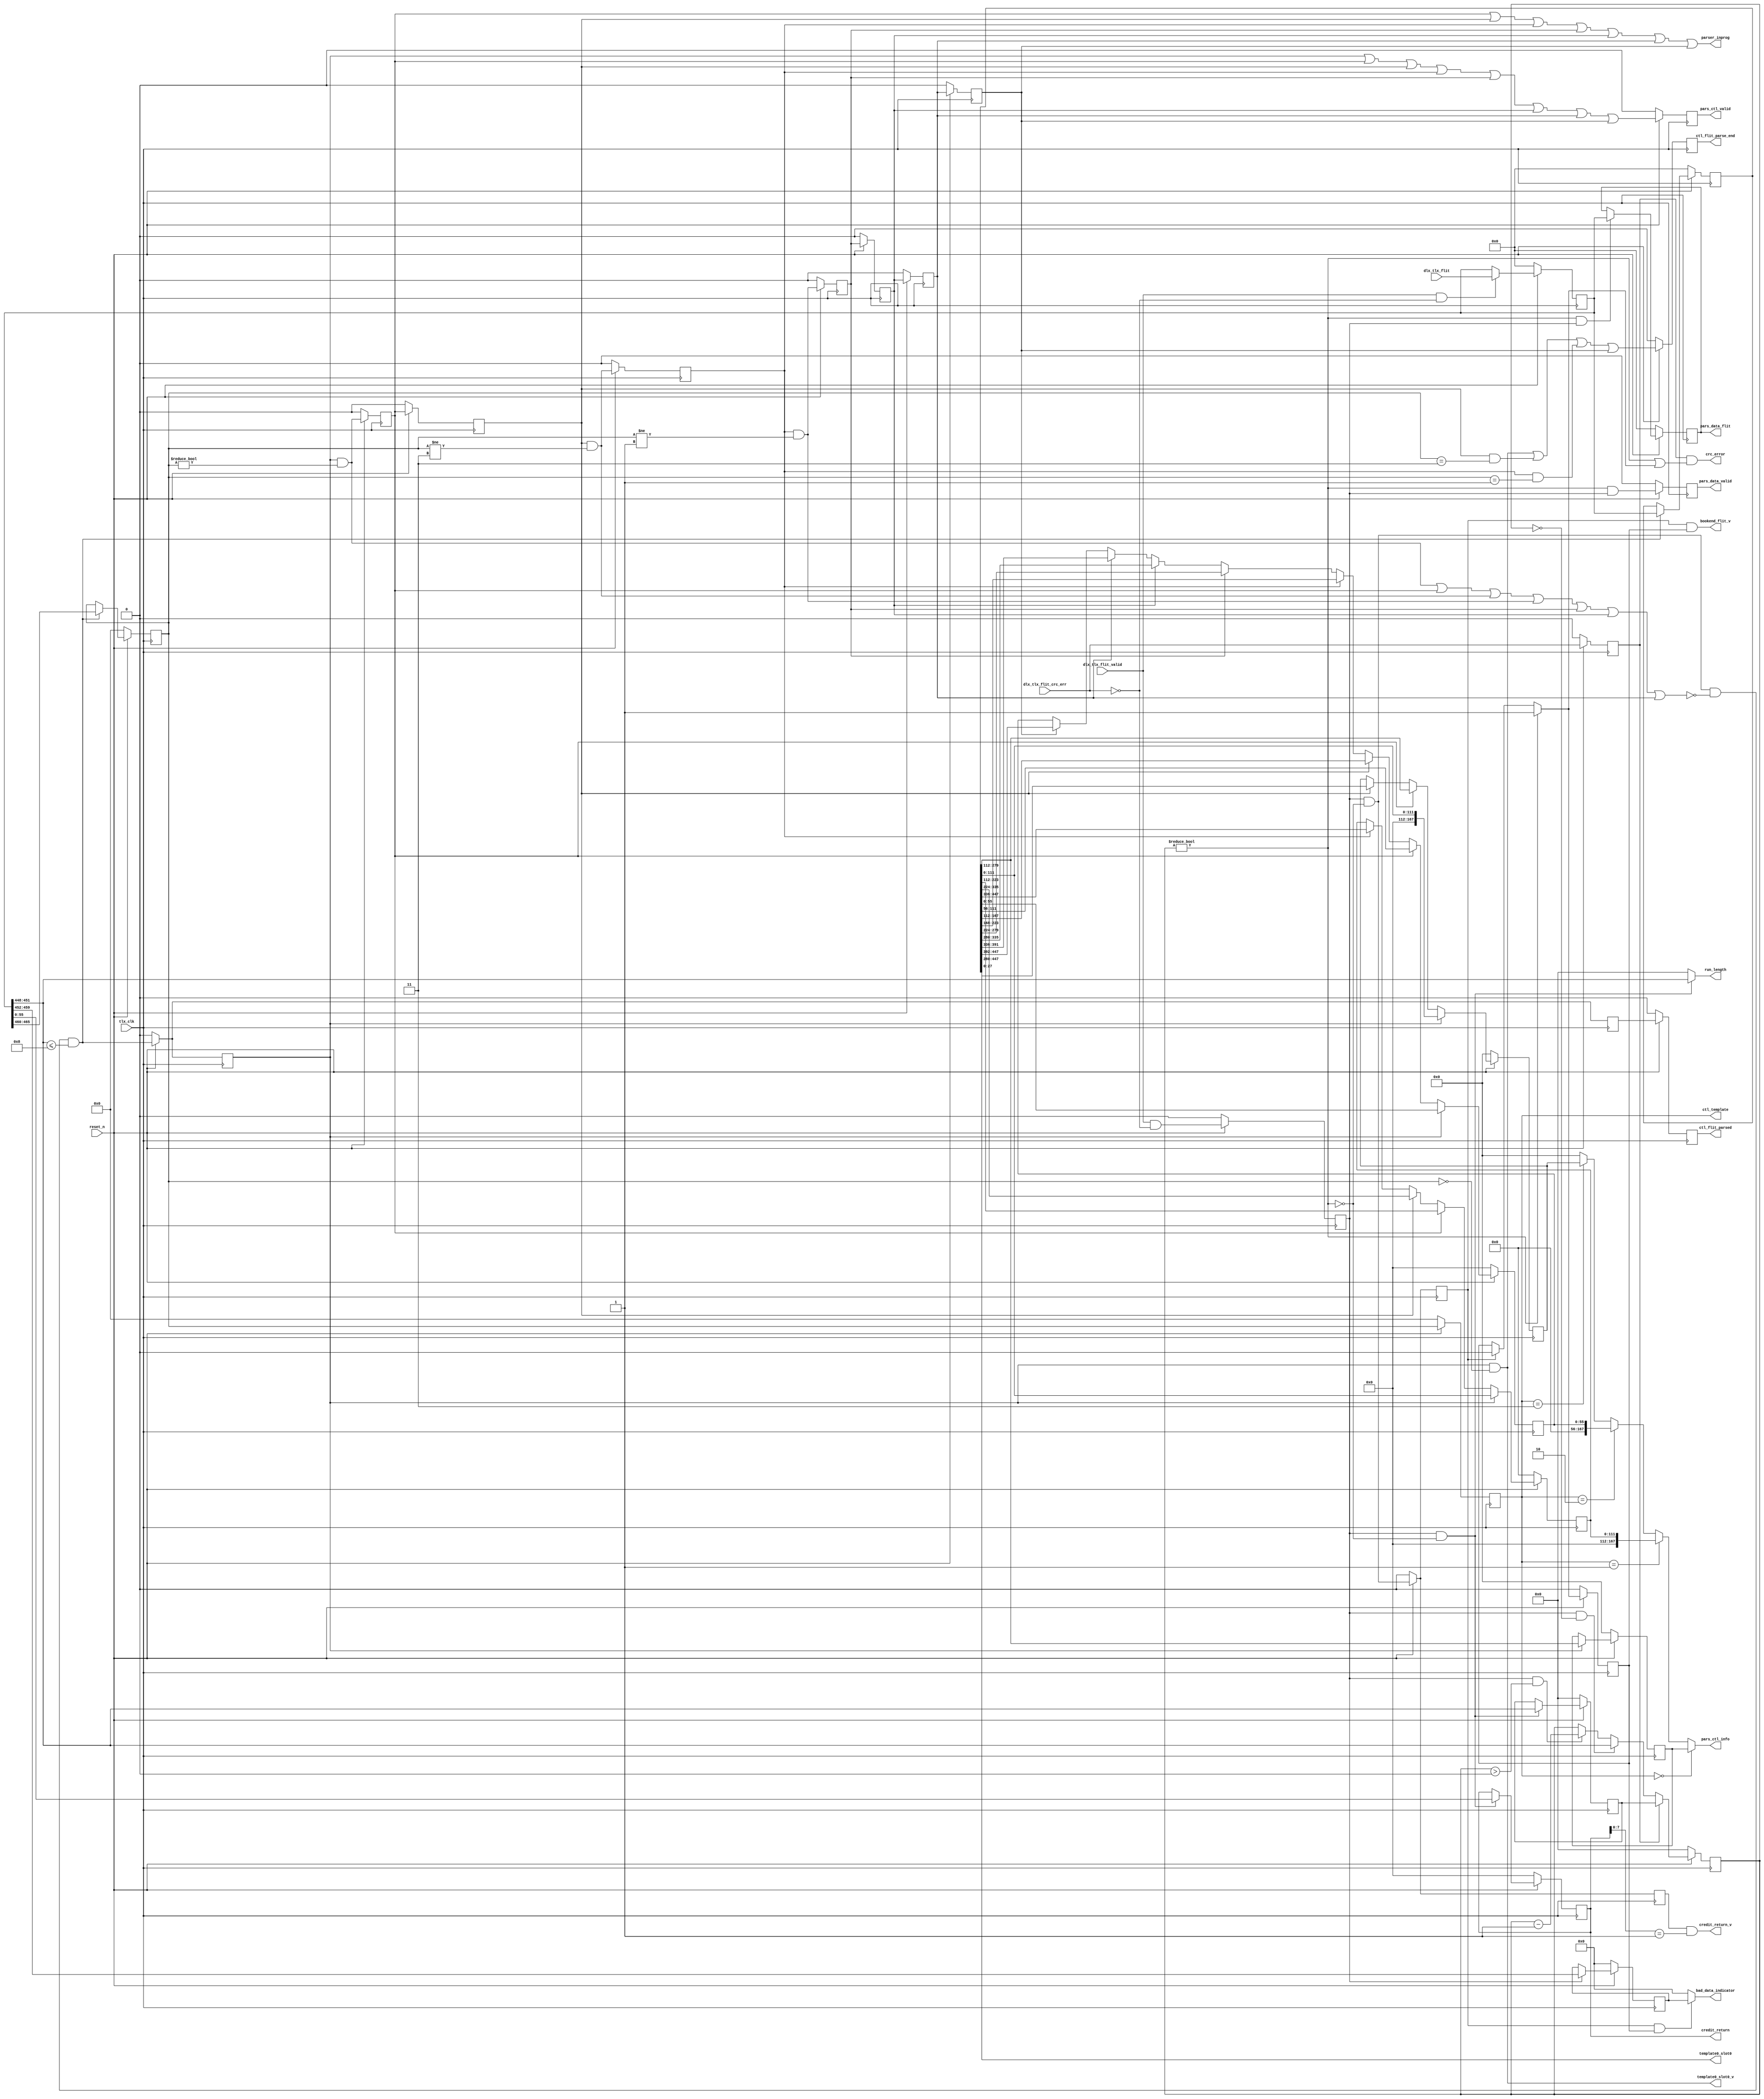
// *!***************************************************************************
// *! Copyright 2019 International Business Machines
// *!
// *! Licensed under the Apache License, Version 2.0 (the "License");
// *! you may not use this file except in compliance with the License.
// *! You may obtain a copy of the License at
// *! http://www.apache.org/licenses/LICENSE-2.0 
// *!
// *! The patent license granted to you in Section 3 of the License, as applied
// *! to the "Work," hereby includes implementations of the Work in physical form.  
// *!
// *! Unless required by applicable law or agreed to in writing, the reference design
// *! distributed under the License is distributed on an "AS IS" BASIS,
// *! WITHOUT WARRANTIES OR CONDITIONS OF ANY KIND, either express or implied.
// *! See the License for the specific language governing permissions and
// *! limitations under the License.
// *! 
// *! The background Specification upon which this is based is managed by and available from
// *! the OpenCAPI Consortium.  More information can be found at https://opencapi.org. 
// *!***************************************************************************
`timescale 1ns / 1ps

//////////////////////////////////////////////////////////////////////////////////
// Company: 
// Engineer: 
// 
// Design Name: 
// Module Name: tlx_flit_parser
// Project Name: 
// Target Devices: 
// Tool Versions: 
// Description: 
// 
// Dependencies: 
// 
// Revision:
// Revision 0.01 - File Created
// Additional Comments: Need to look at staging crc_error to not dump previous validated data
// 
//////////////////////////////////////////////////////////////////////////////////


module ocx_tlx_flit_parser(
    input tlx_clk,
    input reset_n,
    input [511:0] dlx_tlx_flit,
    input dlx_tlx_flit_valid,
    input dlx_tlx_flit_crc_err,
    output [55:0] credit_return,
    output credit_return_v,
    output [167:0] pars_ctl_info,
    output pars_ctl_valid,
    output [511:0] pars_data_flit,
    output pars_data_valid,
    output template0_slot0_v,
    output [27:0] template0_slot0,
    output parser_inprog,
    output [7:0] bad_data_indicator,
    output bookend_flit_v,
    output ctl_flit_parsed,
    output ctl_flit_parse_end,
    output [5:0] ctl_template,
    output [3:0] run_length,
    output crc_error
    );
//Internal signal declarations
wire [511:0] flit_din;
wire [511:0] ctl_flit_din;
wire [511:0] data_flit_din;
wire [3:0]data_cnt_din;
wire [3:0]data_cnt_unverif_din;
wire [55:0] credit_buffer_din;
wire credit_flag_din;
wire data_nctl;
wire flit_valid_s1_din;
reg flit_valid_s1_dout;
wire flit_crc_s1_din;
reg flit_crc_s1_dout;
reg [511:0] flit_dout;
reg [511:0] ctl_flit_dout;
reg [511:0] data_flit_dout;
reg [3:0]data_cnt_dout;
reg [3:0]data_cnt_unverif_dout; //if bad crc is active need to revert the amount of data expected
reg [55:0] credit_buffer_dout;
reg credit_flag_dout;
wire flit_valid_s2_din;
reg flit_valid_s2_dout;
reg flit_valid_s2_clone_dout;
wire flit_valid_s3_din;
reg flit_valid_s3_dout;
wire flit_valid_s4_din;
reg flit_valid_s4_dout;
wire flit_valid_s5_din;
reg flit_valid_s5_dout;
wire flit_valid_s6_din;
reg flit_valid_s6_dout;
wire flit_valid_s7_din;
reg flit_valid_s7_dout;
wire flit_valid_s8_din;
reg flit_valid_s8_dout;
wire flit_valid_s9_din;
reg flit_valid_s9_dout;
wire [167:0] pars_ctl_info_t0_din;
reg  [167:0] pars_ctl_info_t0_dout;
wire [111:0] pars_ctl_info_t1_din;
reg  [111:0] pars_ctl_info_t1_dout;
wire [55:0] pars_ctl_info_t2_din;
reg  [55:0] pars_ctl_info_t2_dout;
wire [167:0] pars_ctl_info_t3_din;
reg  [167:0] pars_ctl_info_t3_dout;
wire [5:0] ctl_info_template_din;
reg  [5:0] ctl_info_template_dout;
wire [5:0] ctl_info_template_s1_din;
reg  [5:0] ctl_info_template_s1_dout;
wire parse_inprog;
wire data_flit_valid_din;
reg data_flit_valid_dout;
wire bookend_flit_valid_din;
reg bookend_flit_valid_dout;
wire [7:0] bdi_din;
reg [7:0] bdi_dout;
wire pars_ctl_valid_din;
reg pars_ctl_valid_dout;
wire parse_block_null;
reg true_bookend_dout;
wire true_bookend_din;
reg ctl_flit_parse_dout;
wire ctl_flit_parse_din;
reg ctl_flit_parse_end_dout;
wire ctl_flit_parse_end_din;
always @(posedge tlx_clk)
    begin
    if (!reset_n)
    begin
        credit_buffer_dout[55:0]   <= 56'b0;  
        flit_dout[511:0]           <= 512'b0;
        ctl_flit_dout[511:0]       <= 512'b0;
        data_flit_dout[511:0]      <= 512'b0;
        flit_valid_s1_dout         <= 1'b0;
        flit_crc_s1_dout           <= 1'b0;
        data_cnt_dout[3:0]         <= 4'b0;
        data_cnt_unverif_dout[3:0] <= 4'b0;
        credit_flag_dout           <= 1'b0;
        flit_valid_s2_dout         <= 1'b0;
        flit_valid_s2_clone_dout   <= 1'b0;
        flit_valid_s3_dout         <= 1'b0;
        flit_valid_s4_dout         <= 1'b0;
        flit_valid_s5_dout         <= 1'b0;
        flit_valid_s6_dout         <= 1'b0;
        flit_valid_s7_dout         <= 1'b0;
        flit_valid_s8_dout         <= 1'b0;
        flit_valid_s9_dout         <= 1'b0;
        pars_ctl_info_t0_dout      <= 168'b0;
        pars_ctl_info_t1_dout      <= 112'b0;
        pars_ctl_info_t2_dout      <= 56'b0;
        pars_ctl_info_t3_dout      <= 168'b0;
        ctl_info_template_dout     <= 6'b0;
        ctl_info_template_s1_dout     <= 6'b0;
        //parse_inprog_dout          <= 1'b0;
        data_flit_valid_dout       <= 1'b0;
        bookend_flit_valid_dout    <= 1'b0;
        bdi_dout    <= 8'b0;
        pars_ctl_valid_dout <= 1'b0;
        true_bookend_dout <= 1'b0;
        ctl_flit_parse_dout <= 1'b0;
        ctl_flit_parse_end_dout <= 1'b0;
    end
    else
        begin
        //create latches
        credit_buffer_dout[55:0] <= credit_buffer_din[55:0]; // grab first two 
        flit_dout[511:0] <= flit_din[511:0];
        ctl_flit_dout[511:0] <= ctl_flit_din[511:0];
        data_flit_dout[511:0] <= data_flit_din[511:0];
        flit_valid_s1_dout <= flit_valid_s1_din;
        flit_crc_s1_dout <= flit_crc_s1_din;
        data_cnt_dout[3:0] <= data_cnt_din[3:0];
        data_cnt_unverif_dout[3:0] <= data_cnt_unverif_din[3:0];
        credit_flag_dout <= credit_flag_din;
        flit_valid_s2_dout <= flit_valid_s2_din;
        flit_valid_s2_clone_dout <= flit_valid_s2_din;
        flit_valid_s3_dout <= flit_valid_s3_din;
        flit_valid_s4_dout <= flit_valid_s4_din;
        flit_valid_s5_dout <= flit_valid_s5_din;
        flit_valid_s6_dout <= flit_valid_s6_din;
        flit_valid_s7_dout <= flit_valid_s7_din;
        flit_valid_s8_dout <= flit_valid_s8_din;
        flit_valid_s9_dout <= flit_valid_s9_din;
        pars_ctl_info_t0_dout <= pars_ctl_info_t0_din;
        pars_ctl_info_t1_dout <= pars_ctl_info_t1_din;
        pars_ctl_info_t2_dout <= pars_ctl_info_t2_din;
        pars_ctl_info_t3_dout <= pars_ctl_info_t3_din;
        ctl_info_template_dout <= ctl_info_template_din;
        ctl_info_template_s1_dout <= ctl_info_template_s1_din;
        //parse_inprog_dout <= parse_inprog_din;
        data_flit_valid_dout <= data_flit_valid_din;
        bookend_flit_valid_dout <= bookend_flit_valid_din;
        bdi_dout <= bdi_din;
        pars_ctl_valid_dout <= pars_ctl_valid_din;
        true_bookend_dout <= true_bookend_din;
        ctl_flit_parse_dout <= ctl_flit_parse_din;
        ctl_flit_parse_end_dout <= ctl_flit_parse_end_din;
        end
    end
    //pipeline control flit valid
    assign flit_valid_s1_din = dlx_tlx_flit_valid & ~dlx_tlx_flit_crc_err; //valid flit available no crc error
    assign flit_valid_s2_din = flit_valid_s1_dout & ~data_nctl & ~parse_block_null & (flit_dout[451:448] <= 4'h8) ;//begin control flit parsing at _s2 valid flit is a control flit, and run length is valid
    assign flit_valid_s3_din = flit_valid_s2_dout & (ctl_info_template_dout != 6'b0); //template zero finish
    assign flit_valid_s4_din = flit_valid_s3_dout; 
    assign flit_valid_s5_din = flit_valid_s4_dout & (ctl_info_template_dout != 6'b000011); //template three finish
    assign flit_valid_s6_din = flit_valid_s5_dout & (ctl_info_template_dout != 6'b000001); //template one finish
    assign flit_valid_s7_din = flit_valid_s6_dout;
    assign flit_valid_s8_din = flit_valid_s7_dout;
    assign flit_valid_s9_din = flit_valid_s8_dout;
    //control flit parsing started
    assign ctl_flit_parse_din = flit_valid_s2_clone_dout;
    assign ctl_flit_parsed = ctl_flit_parse_dout;
    assign ctl_flit_parse_end_din = (flit_valid_s2_dout & (ctl_info_template_dout == 6'b0)) | (flit_valid_s4_dout & (ctl_info_template_dout == 6'b000011)) | (flit_valid_s5_dout & (ctl_info_template_dout == 6'b000001)) | flit_valid_s9_dout;
    assign ctl_flit_parse_end = ctl_flit_parse_end_dout;
    //t0 latch data
    assign flit_crc_s1_din = dlx_tlx_flit_crc_err; 
    assign flit_din[511:0] = (dlx_tlx_flit_valid && ~dlx_tlx_flit_crc_err) ? dlx_tlx_flit[511:0] : flit_dout[511:0];
    //Data Count
    assign data_nctl = (data_cnt_unverif_dout != 4'b0) ; //if asserted next flit is data, else flit is either null credit return or control flit
    assign data_cnt_unverif_din[3:0] =  (flit_crc_s1_dout) ? data_cnt_dout[3:0] : //if crc reset to verified count
                                        (flit_valid_s1_dout && (data_cnt_unverif_dout == 4'b0)) ? flit_dout[451:448] :
                                        (flit_valid_s1_dout && (data_cnt_unverif_dout > 4'b0)) ? (data_cnt_unverif_dout[3:0] - 4'b0001) : //decrement count
                                        data_cnt_unverif_dout[3:0];     //hold latch value
    assign data_cnt_din[3:0] = (flit_valid_s1_dout && (~data_nctl)) ? flit_dout[451:448] : data_cnt_dout[3:0]; //reset cnt to this value when receiving a crc error
    //Bookend detection
    assign true_bookend_din = (data_nctl) ? 1'b1  : 
                              (bookend_flit_valid_dout) ? 1'b0 : true_bookend_dout;
    assign bookend_flit_valid_din = flit_valid_s1_dout & ~data_nctl; 
    //Flit arbitration
    assign bdi_din = flit_valid_s1_dout ? flit_dout[459:452] : bdi_dout;
    assign ctl_flit_din[511:0] = (flit_valid_s2_din) ? flit_dout : ctl_flit_dout;
    assign data_flit_din[511:0] = ((data_nctl) && flit_valid_s1_dout) ? flit_dout : data_flit_dout;
    assign data_flit_valid_din = (data_nctl & flit_valid_s1_dout);
    assign run_length[3:0] = ((~data_nctl) && flit_valid_s1_dout) ? flit_dout[451:448] : 4'b0;
    //Credit return fast path
    assign credit_flag_din = (flit_valid_s1_dout & ~data_nctl) ; // pick up null credit return
    assign credit_buffer_din[55:0] = (flit_valid_s1_dout && ~data_nctl) ? flit_dout[55:0] : credit_buffer_dout[55:0];
    //Error Indicators
    assign bad_data_indicator[7:0] = bookend_flit_valid_dout && true_bookend_dout ? bdi_dout : 8'h00; //pass bad flit info to data fifo
    assign crc_error = (flit_crc_s1_dout & (data_nctl | true_bookend_din)); //Dump the data in holding fifo, when crc error is asserted during a frame
    assign bookend_flit_v = bookend_flit_valid_dout & true_bookend_dout; // Tells data arb to start pulling data from fifos
    //Parse data
    assign parse_block_null = flit_valid_s3_din |flit_valid_s4_din |flit_valid_s5_din |flit_valid_s6_din |flit_valid_s7_din |flit_valid_s8_din |flit_valid_s9_din;
    assign parse_inprog = flit_valid_s2_dout|flit_valid_s3_dout|flit_valid_s4_dout|flit_valid_s5_dout|flit_valid_s6_dout|flit_valid_s7_dout|flit_valid_s8_dout|flit_valid_s9_dout;
    assign pars_ctl_info_t0_din[167:0] = (flit_valid_s2_dout) ? ctl_flit_dout[279:112] : pars_ctl_info_t0_dout;
    assign pars_ctl_info_t1_din[111:0] = (flit_valid_s2_dout) ? ctl_flit_dout[111:0] : //parsing for template 1
                                         (flit_valid_s3_dout) ? ctl_flit_dout[223:112] :
                                         (flit_valid_s4_dout) ? ctl_flit_dout[335:224] :
                                         (flit_valid_s5_dout) ? ctl_flit_dout[447:336] : pars_ctl_info_t1_dout;
    assign pars_ctl_info_t2_din[55:0]  = (flit_valid_s2_dout) ? ctl_flit_dout[55:0] :
                                         (flit_valid_s3_dout) ? ctl_flit_dout[111:56] :
                                         (flit_valid_s4_dout) ? ctl_flit_dout[167:112] :
                                         (flit_valid_s5_dout) ? ctl_flit_dout[223:168] : 
                                         (flit_valid_s6_dout) ? ctl_flit_dout[279:224] :
                                         (flit_valid_s7_dout) ? ctl_flit_dout[335:280] :
                                         (flit_valid_s8_dout) ? ctl_flit_dout[391:336] :
                                         (flit_valid_s9_dout) ? ctl_flit_dout[447:392] : pars_ctl_info_t2_dout;
    assign pars_ctl_info_t3_din[167:0] = (flit_valid_s2_dout) ? {56'b0, ctl_flit_dout[111:0]} :
                                         (flit_valid_s3_dout) ? ctl_flit_dout[279:112] :
                                         (flit_valid_s4_dout) ? ctl_flit_dout[447:280] : pars_ctl_info_t3_dout;       
    //
    assign ctl_info_template_din[5:0] = (flit_valid_s2_din) ? flit_dout[465:460] : ctl_info_template_dout;
    assign ctl_info_template_s1_din[5:0] = ctl_info_template_dout;
    //assign outputs based on template
    assign pars_ctl_info = (ctl_info_template_s1_dout == 6'b000000) ? pars_ctl_info_t0_dout :
                           (ctl_info_template_s1_dout == 6'b000001) ? {56'b0,pars_ctl_info_t1_dout} :
                           (ctl_info_template_s1_dout == 6'b000010) ? {112'b0,pars_ctl_info_t2_dout} :
                           (ctl_info_template_s1_dout == 6'b000011) ? pars_ctl_info_t3_dout :
                           168'b0;
    assign ctl_template = ctl_info_template_s1_dout;                           
    assign pars_ctl_valid_din = parse_inprog;
    assign pars_ctl_valid = pars_ctl_valid_dout;
    assign credit_return = credit_buffer_dout;
    assign credit_return_v = credit_flag_dout & credit_buffer_dout[7:0] == 8'h01; //template 0 control flit return credit 
    assign pars_data_flit = data_flit_dout;
    assign pars_data_valid = data_flit_valid_dout;
    //Debug Error Signals 
    assign parser_inprog = flit_valid_s3_dout|flit_valid_s4_dout|flit_valid_s5_dout|flit_valid_s6_dout|flit_valid_s7_dout|flit_valid_s8_dout|flit_valid_s9_dout;
    assign template0_slot0_v = flit_valid_s2_dout & (ctl_info_template_dout == 6'b0);
    assign template0_slot0[27:0] = ctl_flit_dout[27:0];  
endmodule